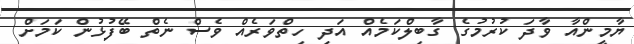
ޔާމީންއާ ވާދަ ކުރުމުގެ ގާބިލްކަމެއް އަދި ހިތްވަރެއް ވެސް ނެތް ބޭފުޅުން ކަމަށް